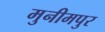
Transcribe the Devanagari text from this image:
मुनीमपुर